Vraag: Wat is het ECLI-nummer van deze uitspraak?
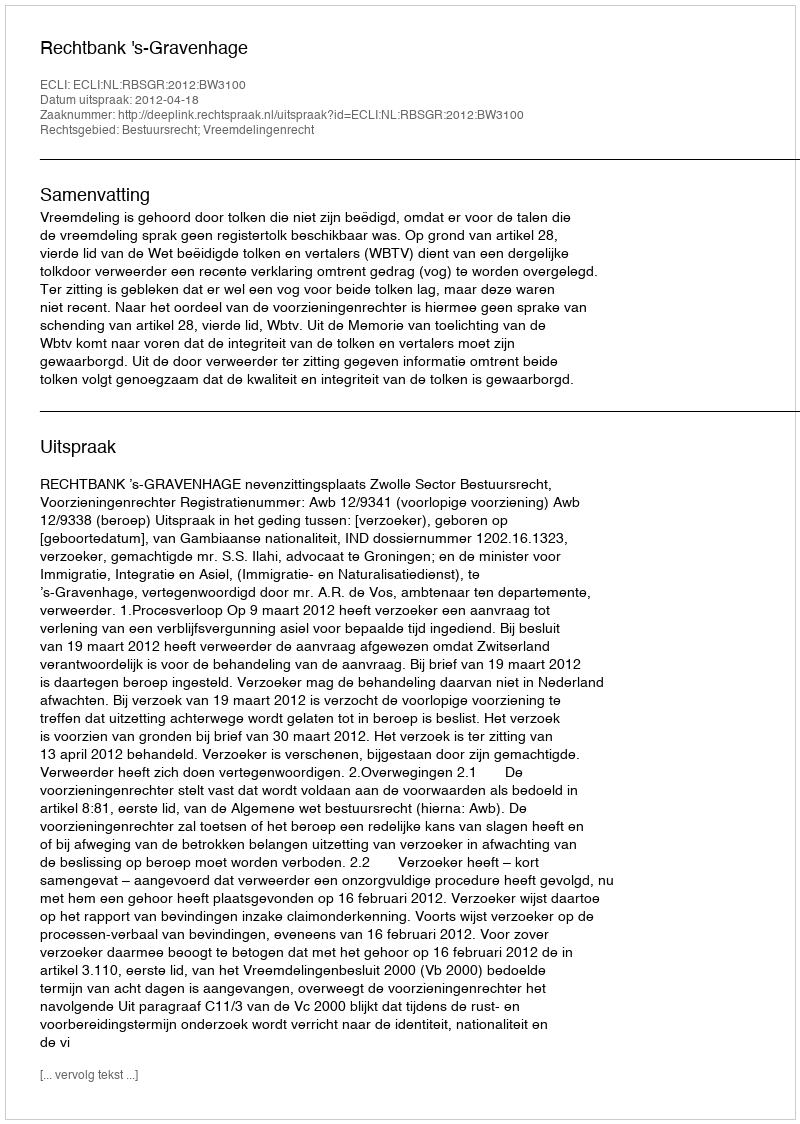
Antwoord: ECLI:NL:RBSGR:2012:BW3100